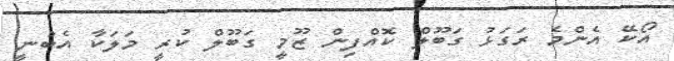
އޯކޭ އެންމެ ރަގަޅު ގަބޫލް ކޮއްފިން ޒޫމީ ގަބޫލް ކުރީ މަލަކާ އެބުނީ